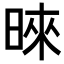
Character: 𪰪